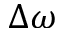
\Delta \omega